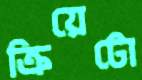
ক্রিয়েটো